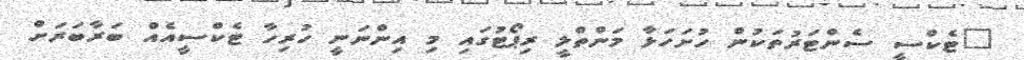
"ޓެކްސީ ސެންޓަރުތަކުން ހުށަހަޅާ މަންތްލީ ރިޕޯޓުގައި މި އިންނަނީ ހުރިހާ ޓެކްސީއެއް ބަރާބަރަށް